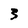
Character: 3